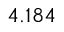
4 . 1 8 4 \